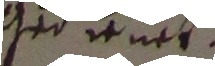
gedienet.